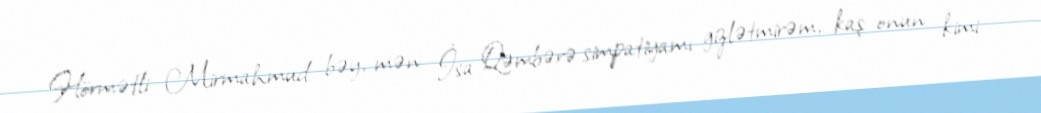
Hörmətli Mirmahmud bəy, mən İsa Qəmbərə simpatiyamı gizlətmirəm, kaş onun kimi